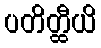
ပတိတ္ထီယိ